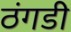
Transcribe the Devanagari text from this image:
ठंगडी